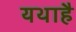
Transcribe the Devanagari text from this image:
यथाहै